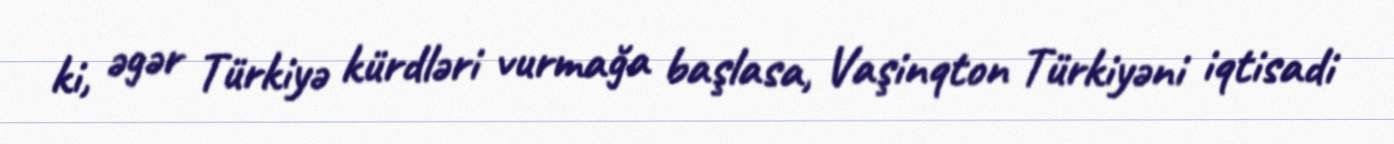
ki, əgər Türkiyə kürdləri vurmağa başlasa, Vaşinqton Türkiyəni iqtisadi